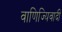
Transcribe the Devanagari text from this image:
वाणिज्यिवादी